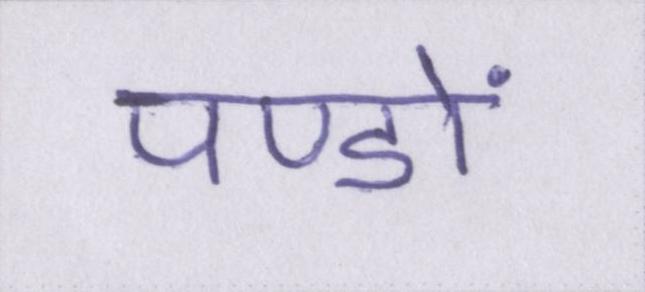
पण्डों